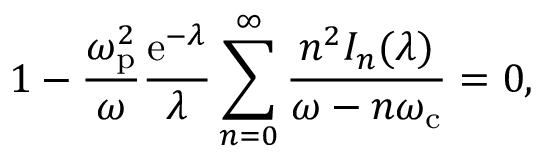
1 - \frac { \omega _ { \mathrm { p } } ^ { 2 } } { \omega } \frac { \mathrm { e } ^ { - \lambda } } { \lambda } \sum _ { n = 0 } ^ { \infty } \frac { n ^ { 2 } I _ { n } ( \lambda ) } { \omega - n \omega _ { \mathrm { c } } } = 0 ,